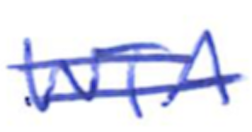
Text: WTA
Cross-out: double-line
Writing tool: ballpoint